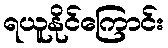
ရယူနိုင်ကြောင်း